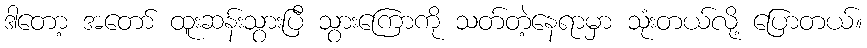
ဒါတော့ အတော် ထူးဆန်းသွားပြီ သွားကြောကို သတ်တဲ့နေရာမှာ သုံးတယ်လို့ ပြောတယ်။